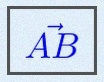
\vec{AB}